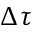
\Delta \tau